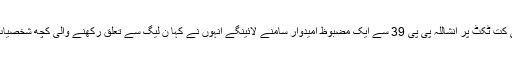
ملک عمر اسلم اعوان نے مزید کہا کہ پی تی آئی کت ٹکٹ پر انشاللہ پی پی 39 سے ایک مضبوظ امیدوار سامنے لائینگے انہوں نے کہا ن لیگ سے تعلق رکھنے والی کچھ شخصیات بھی پی ٹی آئی میں آنے کے لیے رابطے ہیں۔